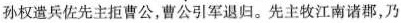
孙权遣兵佐先主拒曹公，曹公引军退归。先主牧江南诺郡，乃